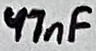
Text: 47nF